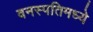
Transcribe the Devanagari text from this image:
वनस्पतिमध्ये